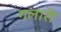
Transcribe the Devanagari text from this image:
गलारी